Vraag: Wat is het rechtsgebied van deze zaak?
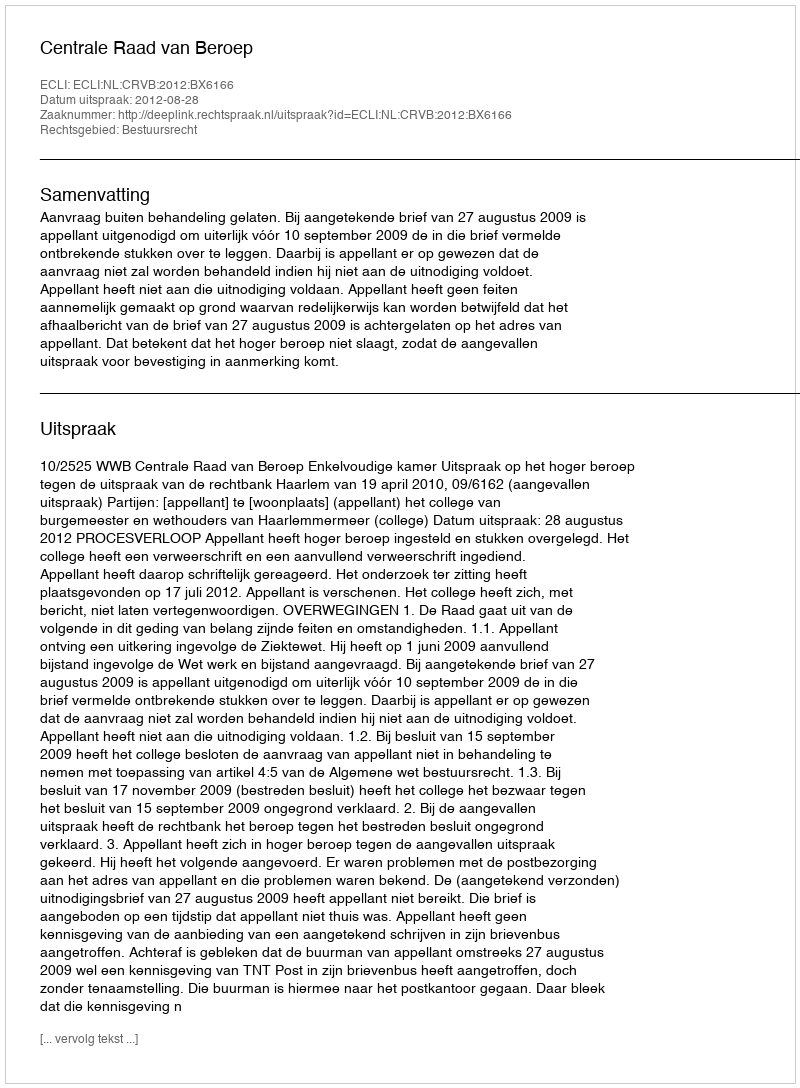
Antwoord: Bestuursrecht